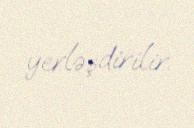
yerləşdirilir.